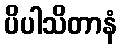
ပိပါသိတာနံ